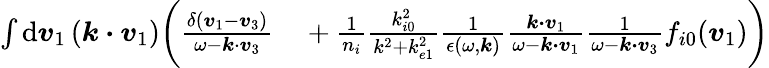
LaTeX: \begin{array}{rl}{\int\mathrm{d}\boldsymbol{v}_{1}\, (\boldsymbol{k\cdot v}_{1})\biggl(\frac{\delta(\boldsymbol{v}_{1}-\boldsymbol{v}_{3})}{\omega-\boldsymbol{k}\cdot\boldsymbol{v}_{3}}}&{{}+\frac{1}{n_{i}}\frac{k_{i0}^{2}}{k^{2}+k_{e1}^{2}}\frac{1}{\epsilon(\omega,\boldsymbol{k})}\frac{\boldsymbol{k\cdot v}_{1}}{\omega-\boldsymbol{k\cdot v}_{1}}\frac{1}{\omega-\boldsymbol{k\cdot v}_{3}}f_{i0}(\boldsymbol{v}_{1})\biggr)}\end{array}